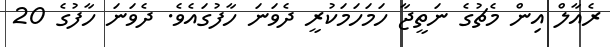
ރެއާލް އިން މެޗުގެ ނަތީޖާ ހަމަހަމަކުރީ ދެވަނަ ހާފުގައެވެ. ދެވަނަ ހާފުގެ 20